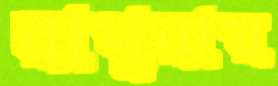
রাথুরায়